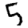
Digit: 5